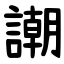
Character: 謿